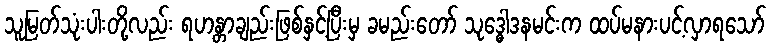
သူမြတ်သုံးပါးတို့လည်း ရဟန္တာချည်းဖြစ်နှင့်ပြီးမှ ခမည်းတော် သုဒ္ဓေါဒနမင်းက ထပ်မနားပင့်လှာရသော်